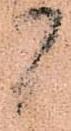
間